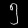
Digit: ၅